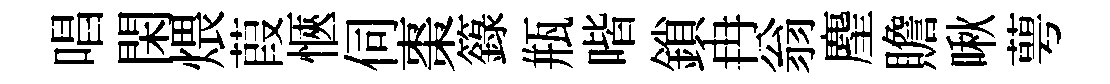
唱閑煨葭愜伺棗籙瓶喈鎖冉翁麈贍啾萼